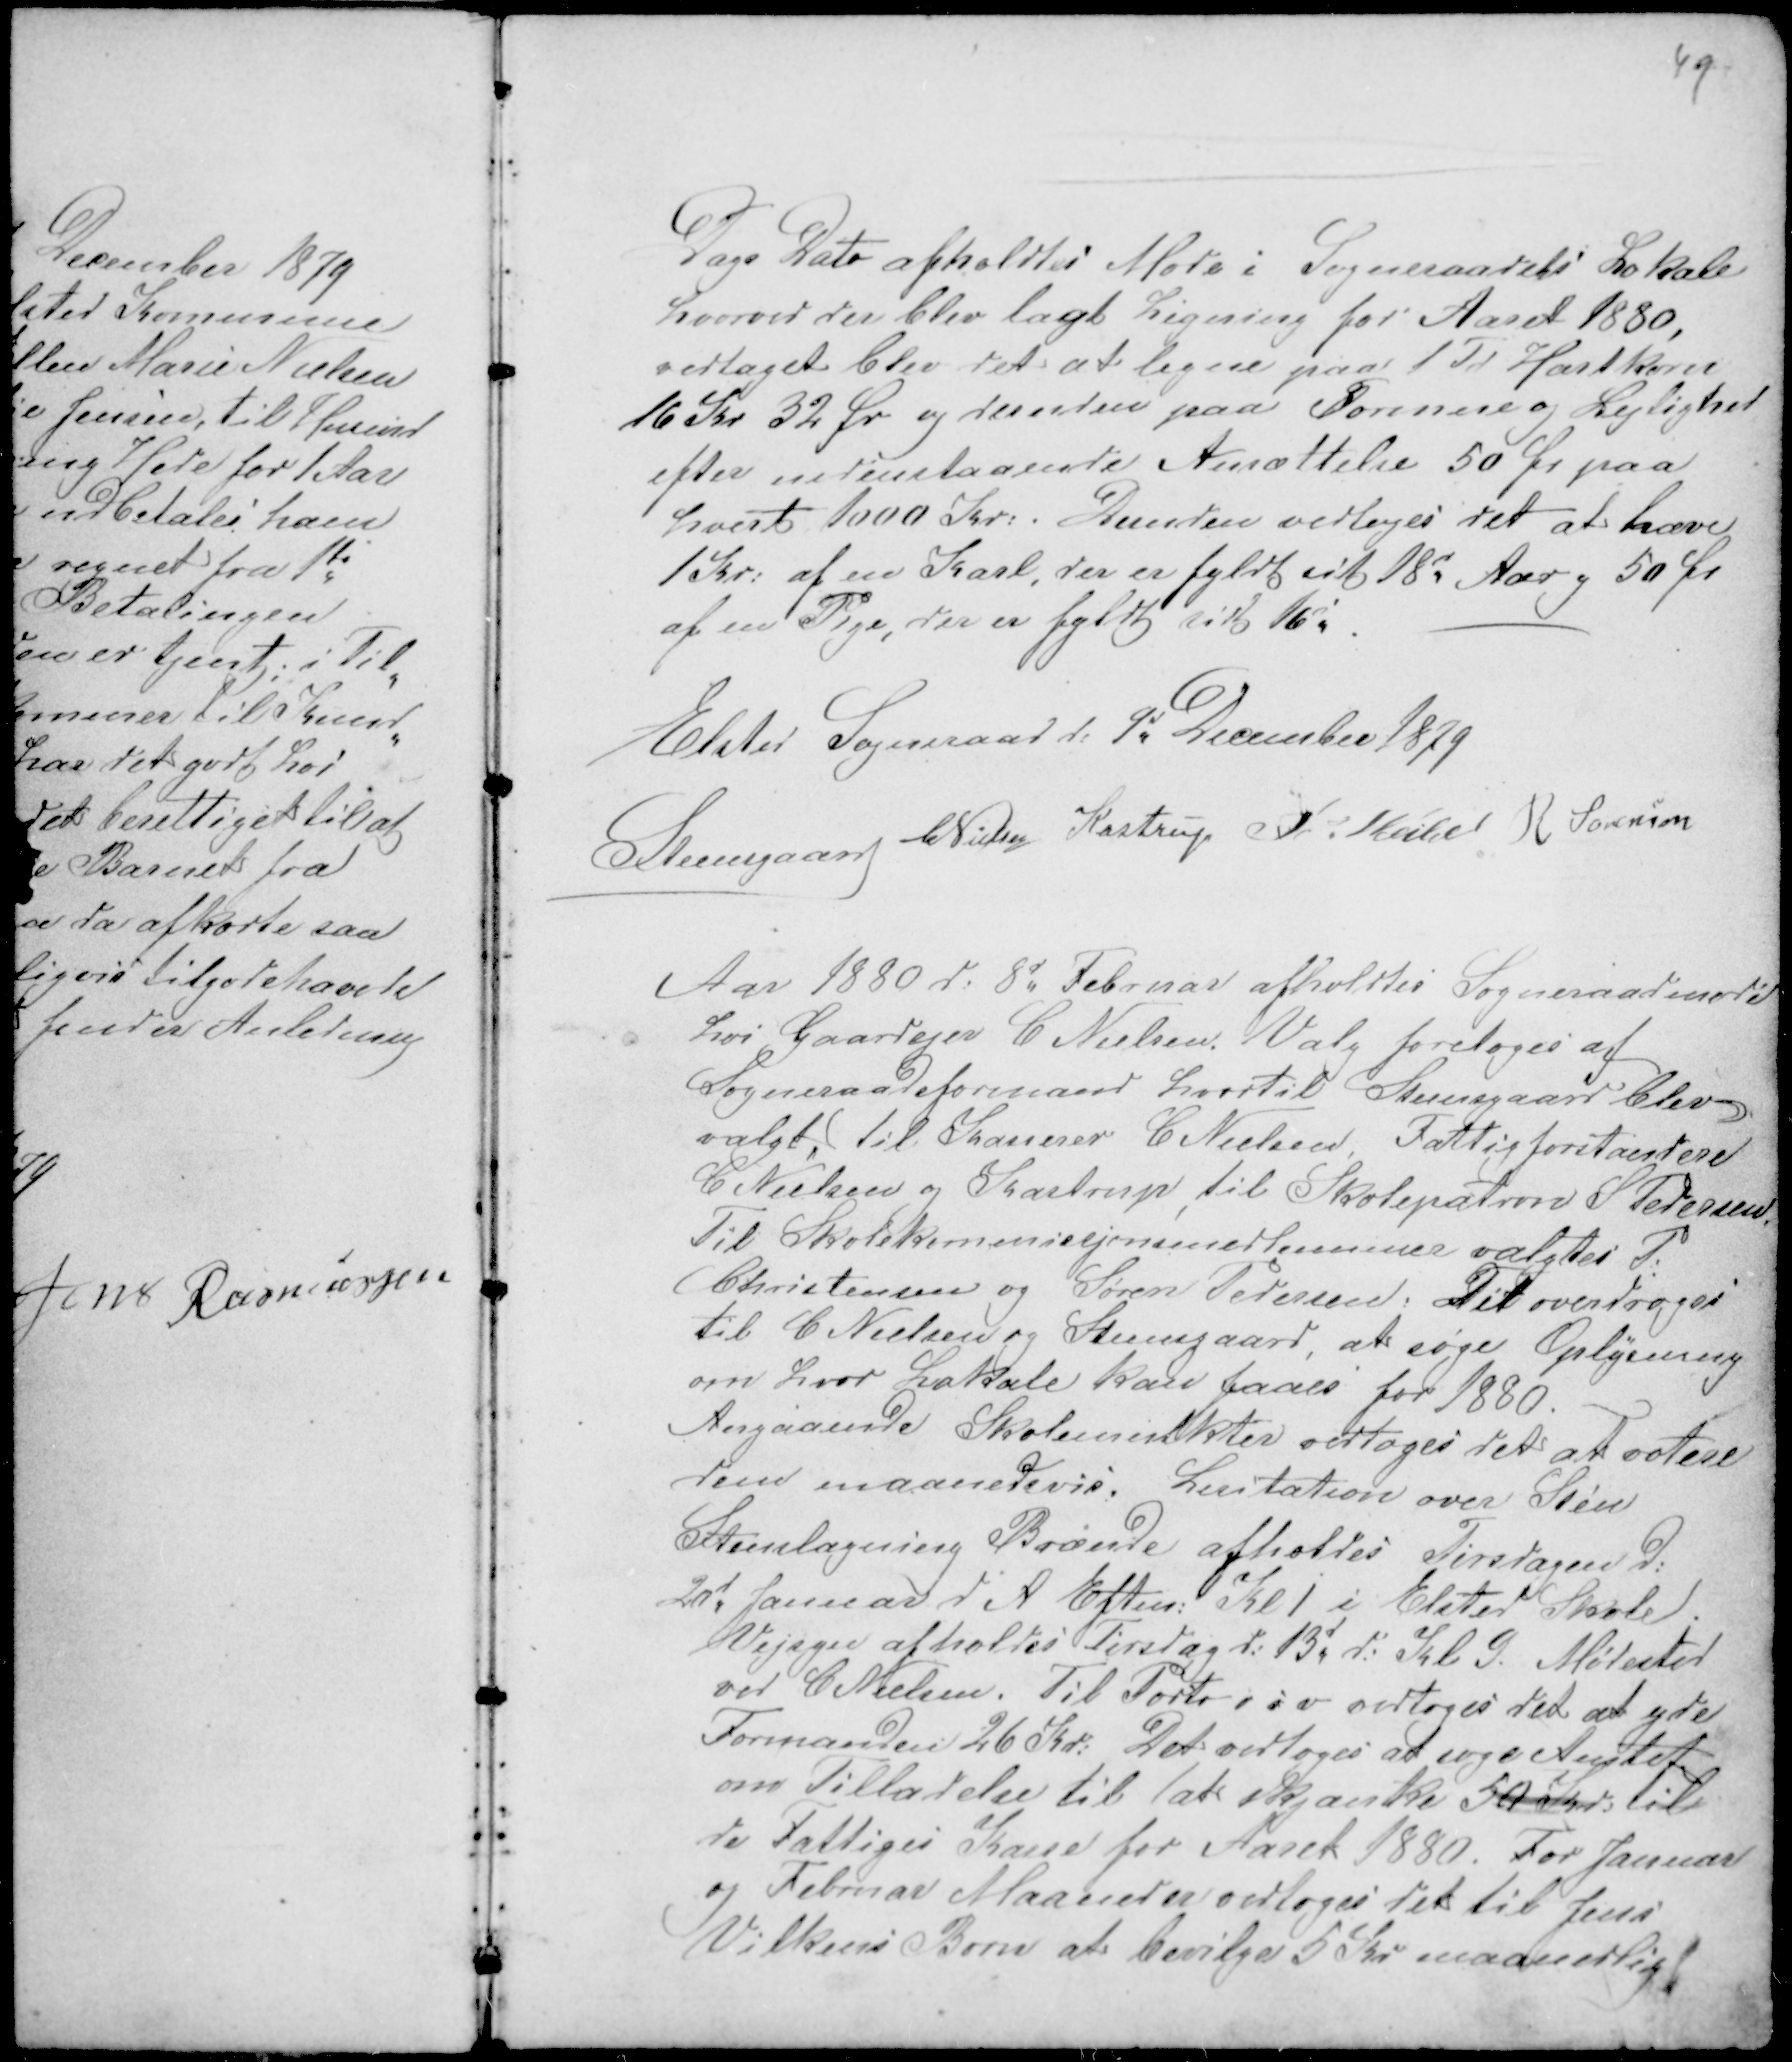
Transskription:
49

Dags Dato afholdtes Møde i Sogneraadets Lokale
hvorved der blev lagt Ligning for Aaret 1880,
vedtaget blev det, at ligne paa 1 Td Hartkorn
16 Kr 32 Ør. og desuden paa Formue og Lejlighed
efter nedenstaaende Ansættelse 50 Ør paa
hvert 1000 Kr: . Desuden vedtoges det at hæve
1 Kr: af en Karl, der er fyldt sit 18d Aar g 50 Ør
af en Pige, der er fyldt sit 16d. -
Elsted Sogneraad d: 9d December 1879
Steensgaard CNielsen Kastrup Fr Veibel R Sørensen

Aar 1880 d: 8d Februar afholdtes Sogneraadsmøde
hos Gaardejer C Nielsen. Valg foretoges af
Sogneraadsformand hvortil Steensgaard blev
valgt, til Kasserer C Nielsen. Fattigforstandere
C Nielsen og Kastrup, til Skolepatron S Pedersen.
Til Skolekommissjonsmedlemmer valgtes P.
Christensen, og Søren Pedersen. Det overdroges
til C Nielsen og Steensgaard, at søge Oplysning
om hvor Lokale kan faaes for 1880. -
Angaaende Skolemulkter vedtoges det at votere
dem maanedsvis. Lisitation over Sten
Stenslagning Brænde afholdes Tirsdagen d:
20d Januar d A Eften Kl 1 i Elsted Skole.
Vejsyn afholdes Tirsdag d: 13d d: Kl 9. Mødested
ved C Nielsen. Til Porto osv vedtoges det at yde
Formanden 26 Kr: Det vedtoges at søge Amtet
om Tilladelse til at skjænke 50 Kr: til
de Fattiges Kasse for Aaret 1880. For Januar
og Februar Maaneder vedtoges det til Jens
Vilkens Børn at bevilge 5 Kr maanedligt